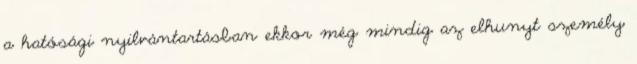
a hatósági nyilvántartásban ekkor még mindig az elhunyt személy